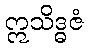
ဣသိဒ္ဓဇံ